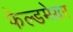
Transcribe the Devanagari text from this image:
फेल्डमेयर